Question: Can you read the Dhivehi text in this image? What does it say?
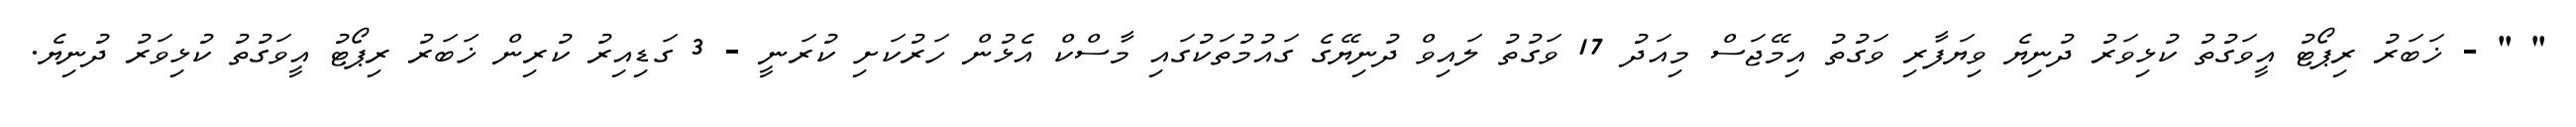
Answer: " " - ޚަބަރު ރިޕޯޓު އީވަގުތު ކުޅިވަރު ދުނިޔެ ވިޔަފާރި ވަގުތު އިމޭޖަސް މިއަދު 17 ވަގުތު ލައިވް ދުނިޔޭގެ ގައުމުތަކުގައި މާސްކް އެޅުން ހަރުކަށި ކުރަނީ - 3 ގަޑިއިރު ކުރިން ޚަބަރު ރިޕޯޓު އީވަގުތު ކުޅިވަރު ދުނިޔެ.